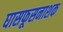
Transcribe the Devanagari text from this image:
घासफूसनाशक